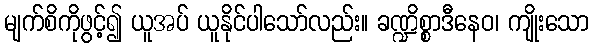
မျက်စိကိုဖွင့်၍ ယူအပ် ယူနိုင်ပါသော်လည်း။ ခဏ္ဍိစ္စာဒီနေဝ၊ ကျိုးသော